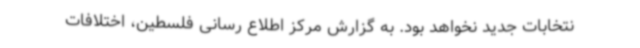
نتخابات جدید نخواهد بود. به گزارش مرکز اطلاع رسانی فلسطین، اختلافات